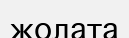
жолата